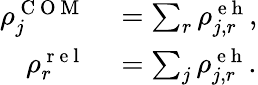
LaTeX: \begin{array}{rl}{\rho_{j}^{\mathrm{~C~O~M~}}}&{{}=\sum_{r}\rho_{j,r}^{\mathrm{~e~h~}},}\\ {\rho_{r}^{\mathrm{~r~e~l~}}}&{{}=\sum_{j}\rho_{j,r}^{\mathrm{~e~h~}}.}\end{array}